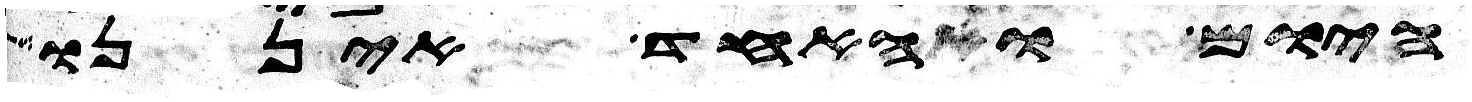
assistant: היום והאחד איננו